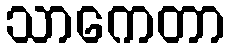
သာကေတာ